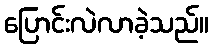
ပြောင်းလဲလာခဲ့သည်။